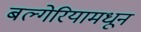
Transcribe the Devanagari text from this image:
बल्गेरियामधून